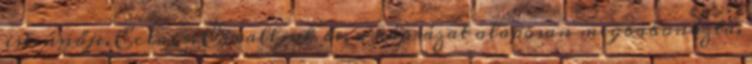
istennője, Eclair. És valljuk be, a káprázat alaposan megbabonázta.